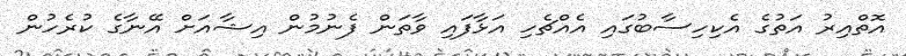
އޮތްއިރު އަތުގެ އެކިހިސާބުގައި އެއްޗެހި އަޅާފައި ވާތަން ފެނުމުން އިޝާއަށް އޭނާގެ ކުރެހުން